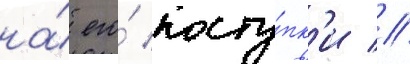
на́ его́ посту́пк'и //